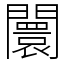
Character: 闤